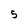
Character: 5